Veterinary regulations India, 1935 -
Year: 1935
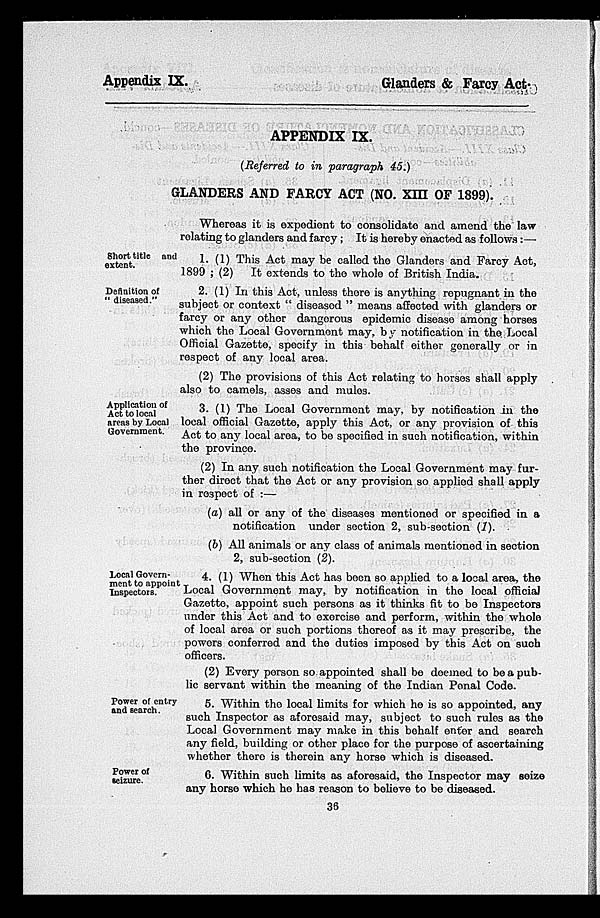
Appendix IX.
Glanders & Farcy Act.
APPENDIX IX.
(Referred to in paragraph 45.)
GLANDERS AND FARCY ACT (NO. XIII OF 1899).
Whereas it is expedient to consolidate and amend the law
relating to glanders and farcy; It is hereby enacted as follows:—
Short title and
extent.
1. (1) This Act may be called the Glanders and Farcy Act,
1899 ; (2)
It extends to the whole of British India.
Definition of
" diseased."
2. (1) In this Act, unless there is anything repugnant in the
subject or context " diseased " means affected with glanders or
farcy or any other dangerous epidemic disease among horses
which the Local Government may, by notification in the Local
Official Gazette, specify in this behalf either generally or in
respect of any local area.
(2) The provisions of this Act relating to horses shall apply
also to camels, asses and mules.
Application of
Act to local
areas by Local
Government.
3. (1) The Local Government may. by notification in the
local official Gazette, apply this Act, or any provision of thi3
Act to any local area, to be specified in such notification, within
the province.
(2) In any such notification the Local Government may fur-
ther direct that the Act or any provision so applied shall apply
in respect of :—
(a) all or any of the diseases mentioned or specified in a
notification under section 2, sub-section (1).
(b) All animals or any class of animals mentioned in section
2, sub-section (2).
Local Govern-
ment to appoint
Inspectors.
4. (1) When this Act has been so applied to a local area, the
Local Government may, by notification in the local official
Gazette, appoint such persons as it thinks fit to be Inspectors
under this Act and to exercise and perform, within the whole
of local area or such portions thereof as it may prescribe, the
powers conferred and the duties imposed by this Act on such
officers.
(2) Every person so appointed shall be deemed to be a pub-
lic servant within the meaning of the Indian Penal Code.
Power of entry
and search.
5. Within the local limits for which he is so appointed, any
such Inspector as aforesaid may, subject to such rules as the
Local Government may make in this behalf enter and search
any field, building or other place for the purpose of ascertaining
whether there is therein any horse which is diseased.
Power of
seizure.
6. Within such limits as aforesaid, the Inspector may seize
any horse which he has reason to believe to be diseased.
36